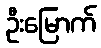
ဦးမြောက်